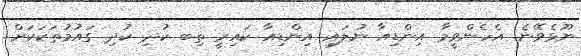
ނޫޅެވޭނެ. އެހެންވީމާ އިންޑިއާ ނުލައި އިންޑިއާ ކައިރީ ތިބ ކުދި ކުދި ގައުމުތަކަކަށް